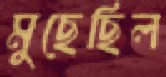
মুছেছিল